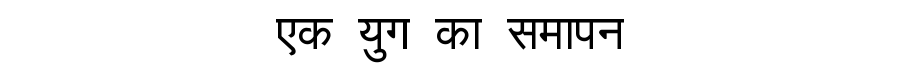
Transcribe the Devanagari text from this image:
एक युग का समापन